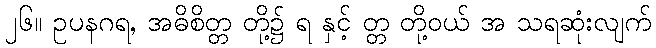
၂၆။ ဥပနဂရ, အဓိစိတ္တ တို့၌ ရ နှင့် တ္တ တို့ဝယ် အ သရဆုံးလျက်